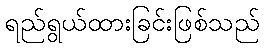
ရည်ရွယ်ထားခြင်းဖြစ်သည်